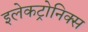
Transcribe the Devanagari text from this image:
इलेकट्रोनिक्स